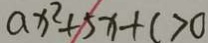
a x ^ { 2 } + 5 x + c > 0